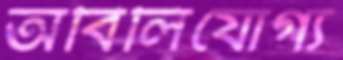
অবিলিযোগ্য